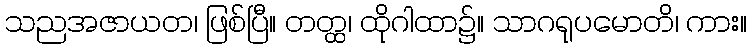
သညအဇာယတ၊ ဖြစ်ပြီ။ တတ္ထ၊ ထိုဂါထာ၌။ သာဂရုပမောတိ၊ ကား။